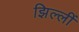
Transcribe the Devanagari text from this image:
झिल्लीं